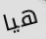
هيا